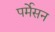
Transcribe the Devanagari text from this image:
पर्मेसन